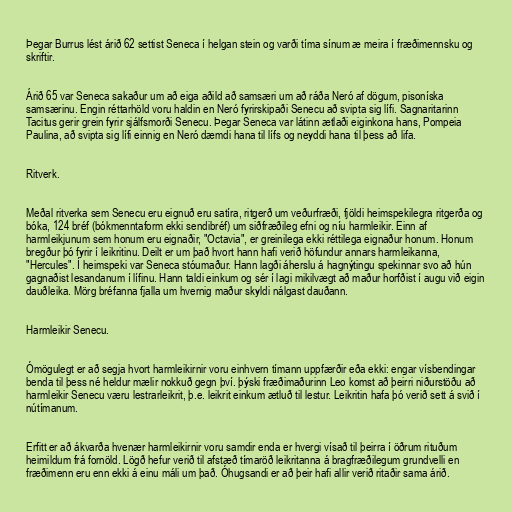
Þegar Burrus lést árið 62 settist Seneca í helgan stein og varði tíma sínum æ meira í fræðimennsku og
skriftir.

Árið 65 var Seneca sakaður um að eiga aðild að samsæri um að ráða Neró af dögum, pisoníska
samsærinu. Engin réttarhöld voru haldin en Neró fyrirskipaði Senecu að svipta sig lífi. Sagnaritarinn
Tacitus gerir grein fyrir sjálfsmorði Senecu. Þegar Seneca var látinn ætlaði eiginkona hans, Pompeia
Paulina, að svipta sig lífi einnig en Neró dæmdi hana til lífs og neyddi hana til þess að lifa.

Ritverk.

Meðal ritverka sem Senecu eru eignuð eru satíra, ritgerð um veðurfræði, fjöldi heimspekilegra ritgerða og
bóka, 124 bréf (bókmenntaform ekki sendibréf) um siðfræðileg efni og níu harmleikir. Einn af
harmleikjunum sem honum eru eignaðir, "Octavia", er greinilega ekki réttilega eignaður honum. Honum
bregður þó fyrir í leikritinu. Deilt er um það hvort hann hafi verið höfundur annars harmleikanna,
"Hercules". Í heimspeki var Seneca stóumaður. Hann lagði áherslu á hagnýtingu spekinnar svo að hún
gagnaðist lesandanum í lífinu. Hann taldi einkum og sér í lagi mikilvægt að maður horfðist í augu við eigin
dauðleika. Mörg bréfanna fjalla um hvernig maður skyldi nálgast dauðann.

Harmleikir Senecu.

Ómögulegt er að segja hvort harmleikirnir voru einhvern tímann uppfærðir eða ekki: engar vísbendingar
benda til þess né heldur mælir nokkuð gegn því. þýski fræðimaðurinn Leo komst að þeirri niðurstöðu að
harmleikir Senecu væru lestrarleikrit, þ.e. leikrit einkum ætluð til lestur. Leikritin hafa þó verið sett á svið í
nútímanum.

Erfitt er að ákvarða hvenær harmleikirnir voru samdir enda er hvergi vísað til þeirra í öðrum rituðum
heimildum frá fornöld. Lögð hefur verið til afstæð tímaröð leikritanna á bragfræðilegum grundvelli en
fræðimenn eru enn ekki á einu máli um það. Óhugsandi er að þeir hafi allir verið ritaðir sama árið.